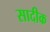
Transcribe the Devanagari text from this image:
सादीक